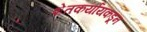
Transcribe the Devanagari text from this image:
शेतकर्यांयकडून